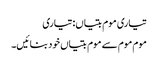
تیاری موم بتیاں: تیاری
موم موم سے موم بتیاں خود بنائیں۔